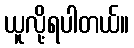
ယူလို့ရပါတယ်။